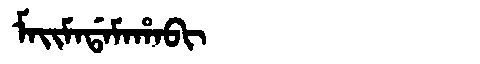
Manchu: ᠮᠠᡳᠮᠠᡩᠠᠮᠠᡥᠠᠪᡳ
Romanization: MAIMADAMAHABI